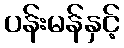
ပန်းမန်နှင့်